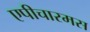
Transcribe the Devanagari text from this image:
एपीचारमस